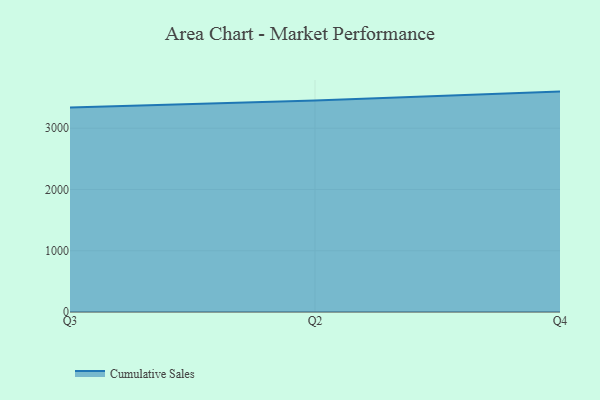
{"axis": {"x": "Quarter", "y": "Latency (ms)"}, "legend": ["Cumulative Sales"], "data": [{"x": "Q3", "y": 3338.1, "type": "Cumulative Sales"}, {"x": "Q2", "y": 3452.5, "type": "Cumulative Sales"}, {"x": "Q4", "y": 3597.5, "type": "Cumulative Sales"}]}